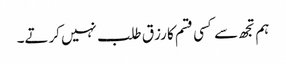
ہم تجھ سے کسی قسم کا رزق طلب نہیں کرتے۔